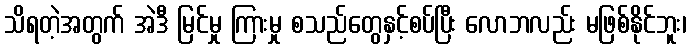
သိရတဲ့အတွက် အဲဒီ မြင်မှု ကြားမှု စသည်တွေနှင့်စပ်ပြီး လောဘလည်း မဖြစ်နိုင်ဘူး၊